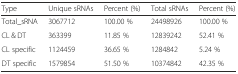
| Type | Unique sRNAs | Percent (%) | Total sRNAs | Percent (%) |
 | --- | --- | --- | --- | --- |
 | Total_sRNA | 3067712 | 100.00 % | 24498926 | 100.00 % |
 | CL & DT | 363399 | 11.85 % | 12839242 | 52.41 % |
 | CL specific | 1124459 | 36.65 % | 1284842 | 5.24 % |
 | DT specific | 1579854 | 51.50 % | 10374842 | 42.35 % |